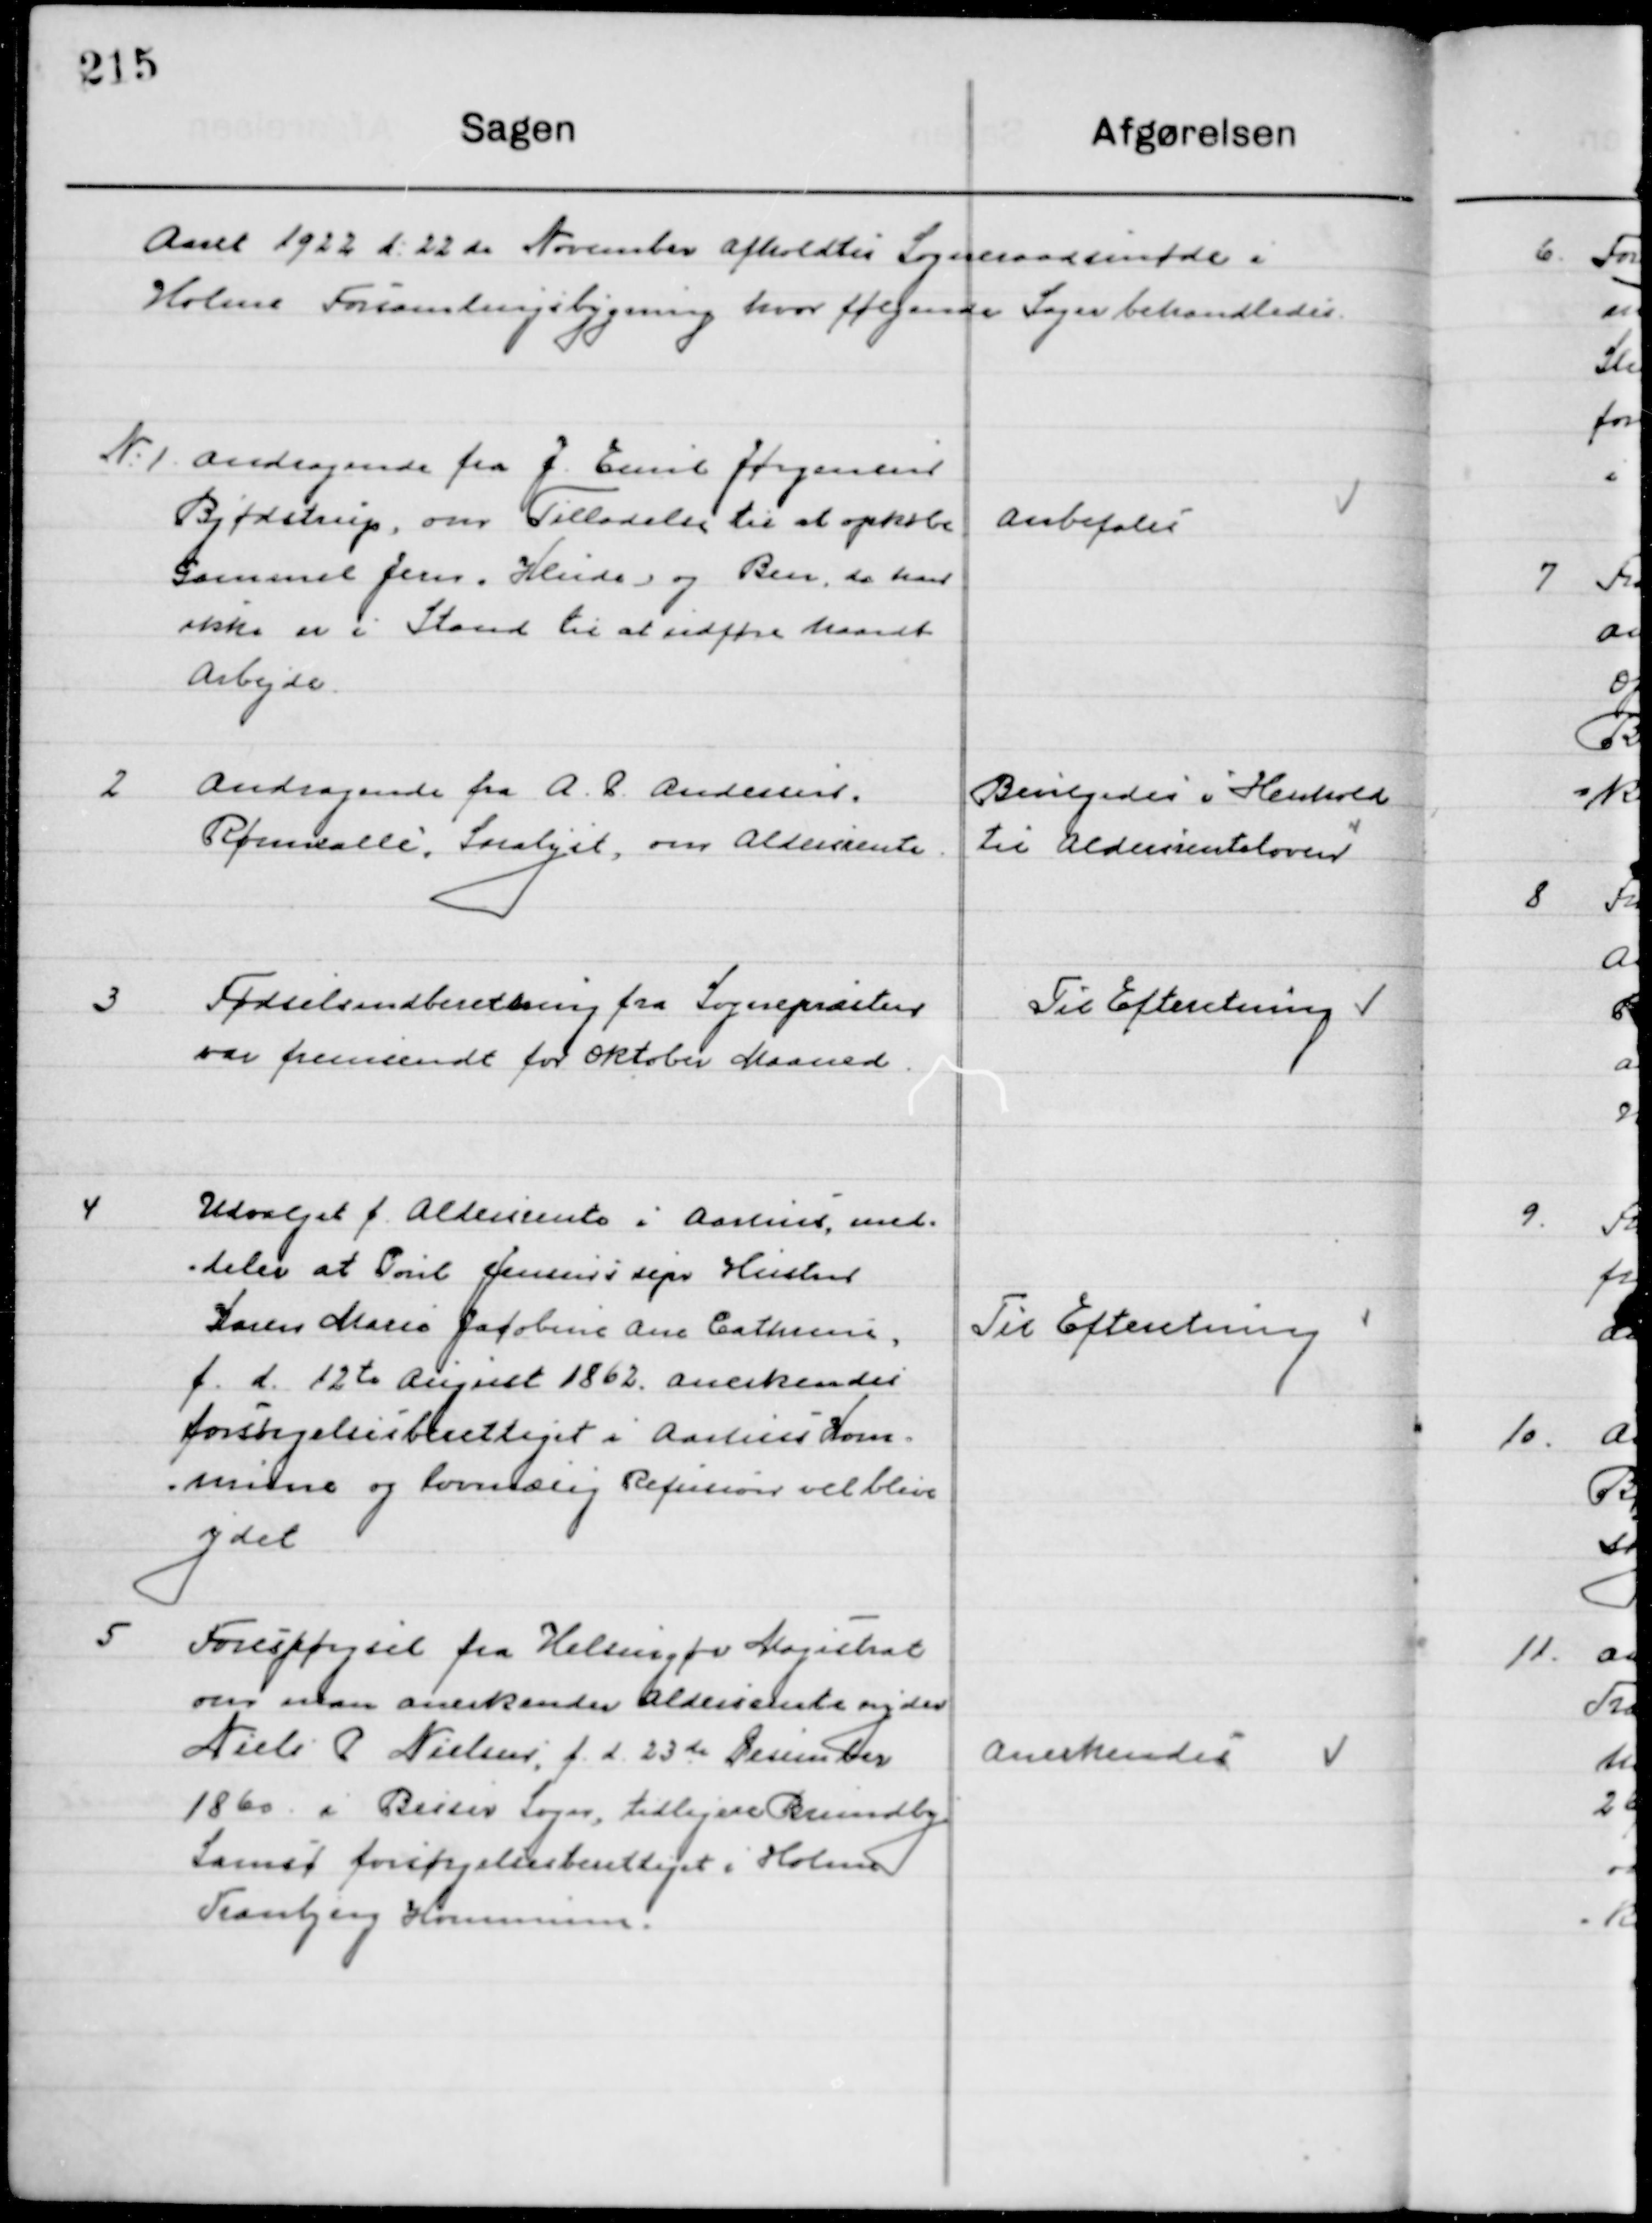
Transskription:
Aaret 1922 d. 22de November afholdt Sogneraadsmøde i 
Holme Forsamlingsbygning hvor følgende Sager behandledes.

1

Andragende fra J. Emil Jørgensen
Bjødstrup, om Tilladelse til at opkøbe
Gammel Jern, Klid, og Ben, da han
Ikke er i Stand til at udføre haardt
Arbejde

Anbefales

2

Andragende fra A. P. Andersen
Rømsallé, Saralyst om Aldersrente

Bevilgedes i henholdt
til aldersrenteloven

3

Fødselsindberetning fra Sognepræsten
var fremsendt for Oktober Maaned

Til Efterretning

4

Udvalget f. Aldersrente i Aarhus med-
deler at Poul Jensens sepr. Hustru
Karen Marie Jacobine Ane Cathrine
f. d. 12te August 1862 anerkendes
forsørgelsesberettiget i  Aarhus Kom-
mune og lovmæssig Refusion vil blive 
ydet

Til Efterretning

5

Forespørgsel fra Helsingør Magistrat
om man anerkender Aldersrenteyder
Niels P. Nielsen, f. d. 23de December
1860 i Besser Sogn, tidligere Brundby
Samsø forsørgelsesberettiget i Holme
Tranbjerg Kommune.

Anerkendes